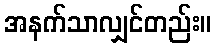
အနက်သာလျှင်တည်း။